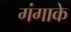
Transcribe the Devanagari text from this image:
गंगाके